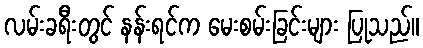
လမ်းခရီးတွင် နန်းရင်က မေးစမ်းခြင်းများ ပြုသည်။